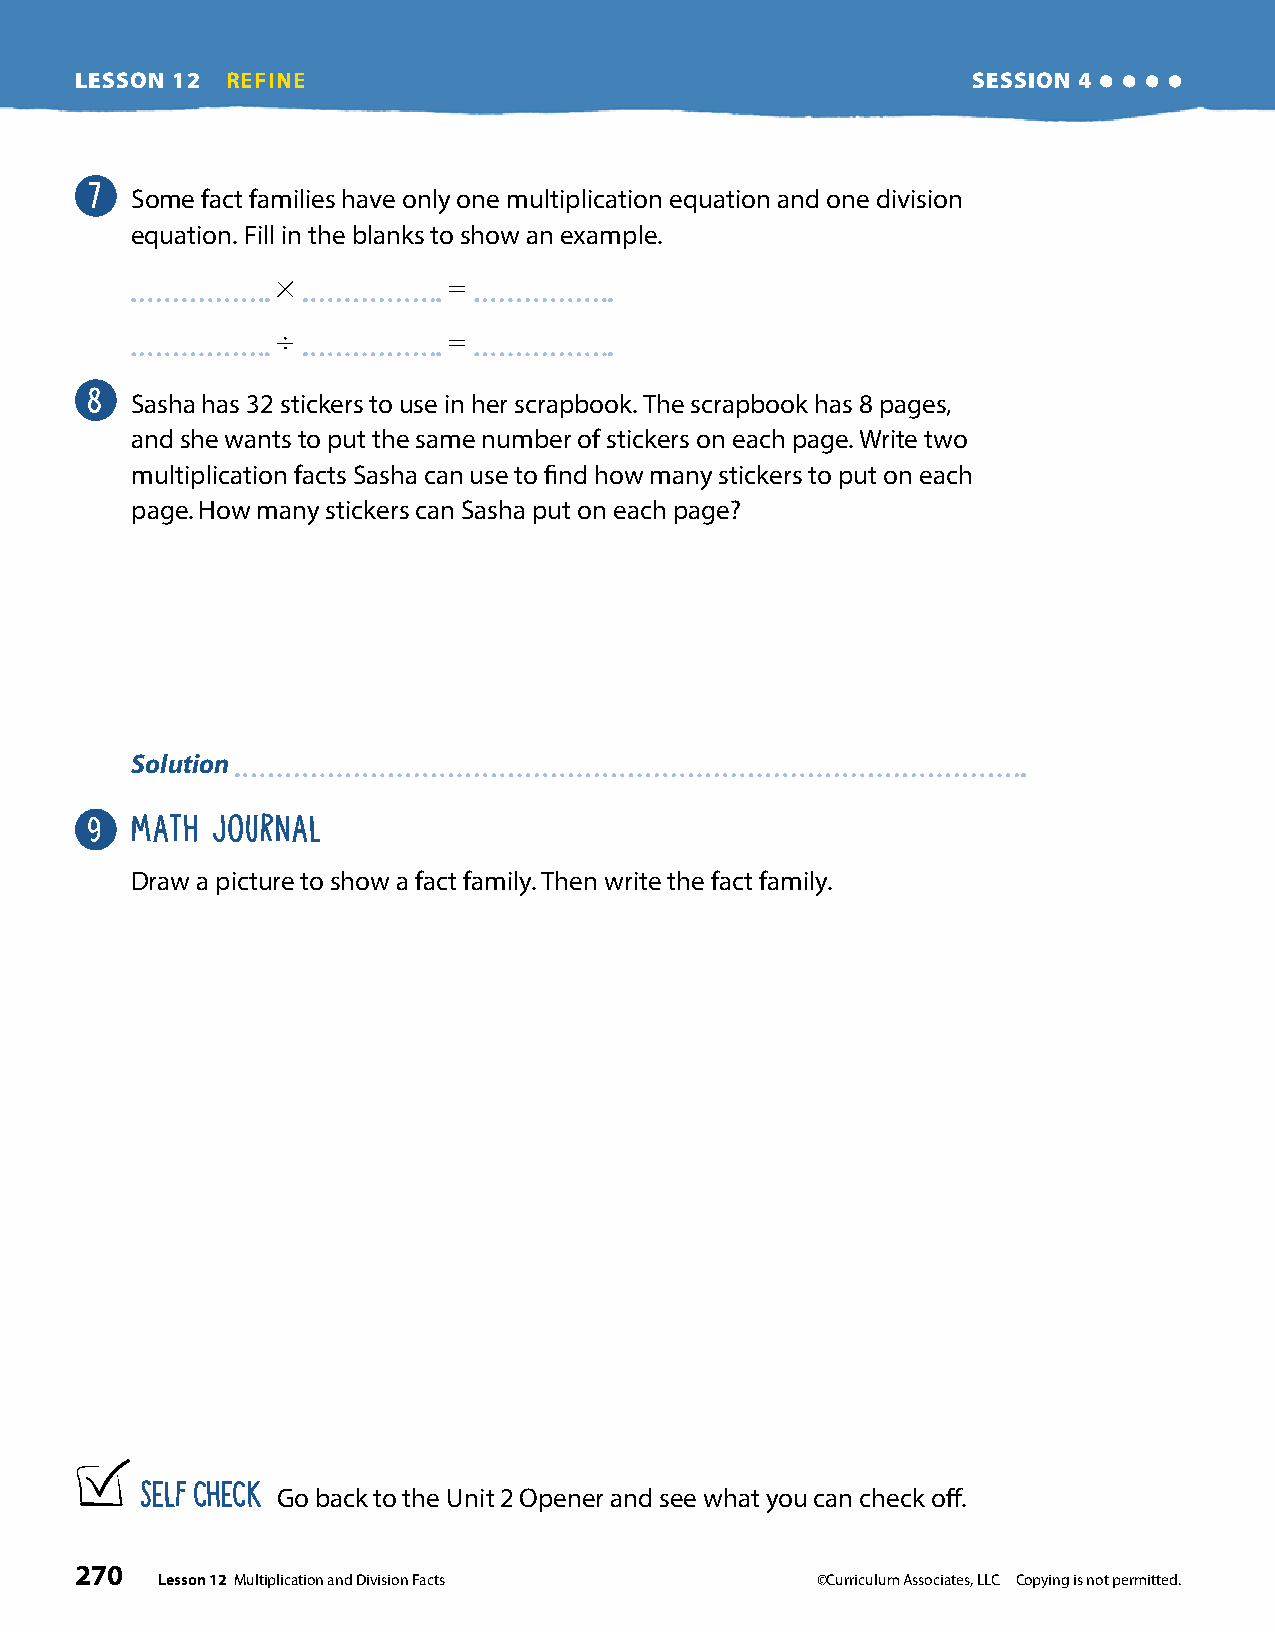
LESSON 12 REFINE                                           SSEESSSSIIOONN 44
 7
 Some fact families have only one multiplication equation and one division
 equation. Fill in the blanks to show an example.
 3           5
 4           5
 8
 Sasha has 32 stickers to use in her scrapbook. The scrapbook has 8 pages,
 and she wants to put the same number of stickers on each page. Write two
 multiplication facts Sasha can use to find how many stickers to put on each
 page. How many stickers can Sasha put on each page?
 Solution
 9  MATH JOURNAL
 Draw a picture to show a fact family. Then write the fact family.
 SELF CHECK
 Go back to the Unit 2 Opener and see what you can check off.
 270
 Lesson 12 Multiplication and Division Facts ©Curriculum Associates, LLC Copying is not permitted.